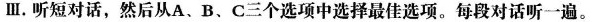
Ⅲ.听短对话,然后从A、B、C三个选项中选择最佳选项。每段对话听一遍。